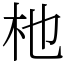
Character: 杝